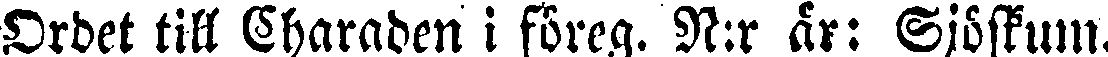
Ordet till Charaden i föreg. N:r är: Sjöskum.